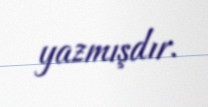
yazmışdır.